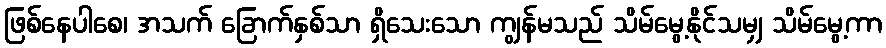
ဖြစ်နေပါစေ၊ အသက် ခြောက်နှစ်သာ ရှိသေးသော ကျွန်မသည် သိမ်မွေ့နိုင်သမျှ သိမ်မွေ့ကာ